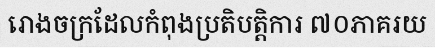
រោងចក្រដែលកំពុងប្រតិបត្តិការ ៧០ភាគរយ